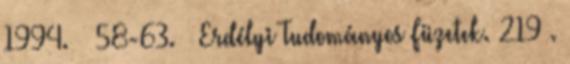
1994. – 58-63. – Erdélyi Tudományos Füzetek. 219 .